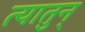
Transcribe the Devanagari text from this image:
त्यातुन्